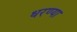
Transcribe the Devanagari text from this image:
धरण्या